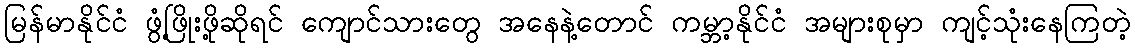
မြန်မာနိုင်ငံ ဖွံ့ဖြိုးဖို့ဆိုရင် ကျောင်သားတွေ အနေနဲ့တောင် ကမ္ဘာ့နိုင်ငံ အများစုမှာ ကျင့်သုံးနေကြတဲ့